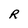
Character: R